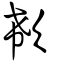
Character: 欷